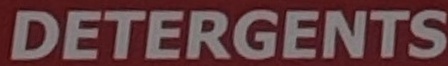
DETERGENTS